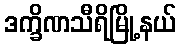
ဒက္ခိဏသီရိမြို့နယ်